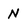
Character: N